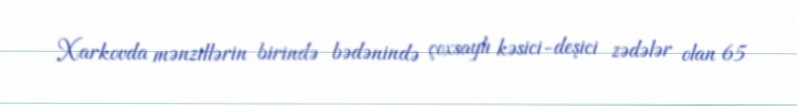
Xarkovda mənzillərin birində bədənində çoxsaylı kəsici-deşici zədələr olan 65